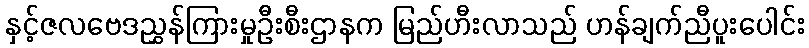
နှင့်ဇလဗေဒညွှန်ကြားမှုဦးစီးဌာနက မြည်ဟီးလာသည် ဟန်ချက်ညီပူးပေါင်း